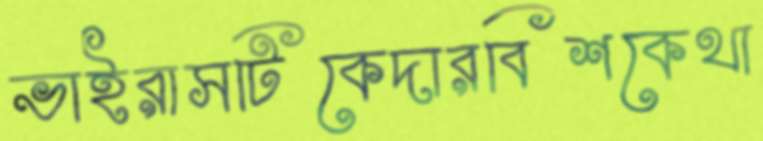
ভাইরাসটিকেদারবিশকেথা